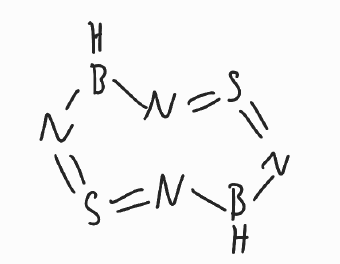
Simplified molecular-input line-entry system (SMILES) notation of the given molecule:
B1N=S=NBN=S=N1